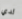
لدي